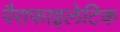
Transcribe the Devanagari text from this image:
पैराफाइलेटिक